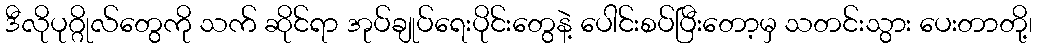
ဒီလိုပုဂ္ဂိုလ်တွေကို သက် ဆိုင်ရာ အုပ်ချုပ်ရေးပိုင်းတွေနဲ့ ပေါင်းစပ်ပြီးတော့မှ သတင်းသွား ပေးတာတို့၊